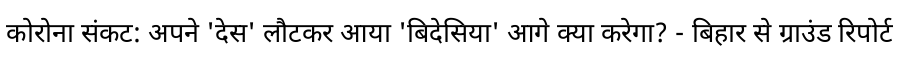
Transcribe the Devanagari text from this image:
कोरोना संकट: अपने 'देस' लौटकर आया 'बिदेसिया' आगे क्या करेगा? - बिहार से ग्राउंड रिपोर्ट